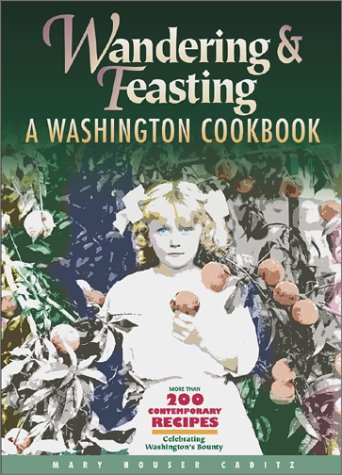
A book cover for Wandering and Feasting: A Washington Cookbook; Mary Houser Caditz; Cookbooks, Food & Wine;